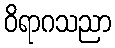
ဝိရာဂသညာ